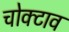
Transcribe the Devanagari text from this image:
चोक्टाव